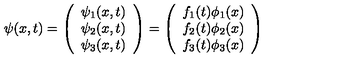
\psi ( x , t ) = \left( \begin{array} { c } { \psi _ { 1 } ( x , t ) } \\ { \psi _ { 2 } ( x , t ) } \\ { \psi _ { 3 } ( x , t ) } \\ \end{array} \right) = \left( \begin{array} { c } { f _ { 1 } ( t ) \phi _ { 1 } ( x ) } \\ { f _ { 2 } ( t ) \phi _ { 2 } ( x ) } \\ { f _ { 3 } ( t ) \phi _ { 3 } ( x ) } \\ \end{array} \right)